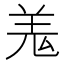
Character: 羗